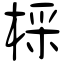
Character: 棌